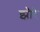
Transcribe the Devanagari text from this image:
झौरे